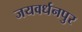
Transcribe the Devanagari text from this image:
जयवर्धनपुर